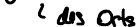
des Orts